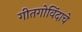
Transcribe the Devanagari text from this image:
गीतगोविंदाचे